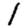
Digit: 1